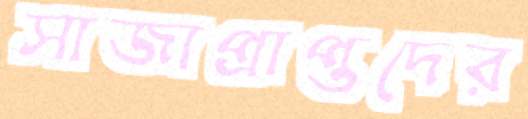
সাজাপ্রাপ্তদের